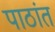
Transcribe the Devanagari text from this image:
पाठांत